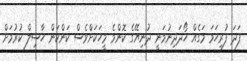
ފަދަ ފުރިހަމަ މަގެއް ހޯދަދިނުމަނީ ދުނިޔޭގެ ކޮންމެ މީހަކަށްވެސް ކަންކަން ހާސިލް ކުރުމަށް